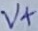
Text: V+